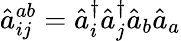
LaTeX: \hat{a}_{ij}^{ab}=\hat{a}_{i}^{\dagger}\hat{a}_{j}^{\dagger}\hat{a}_{b}\hat{a}_{a}